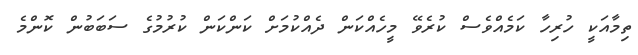
ތިމާއަކީ ހުރިހާ ކަމެއްވެސް ކުރެވޭ މީހެއްކަން ދެއްކުމަށް ކަންކަން ކުރުމުގެ ސަބަބުން ކޮންމެ